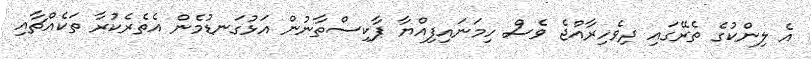
އެ ލިންކުގެ ތެރޭގައި ދިވެހިރާއްޖެ ވެސް ހިމަނައިފިއްޔާ ޕާކިސްތާނުން އަޅުގަނޑުމެން އެތެރެކުރާ ތަކެއްޗާއި